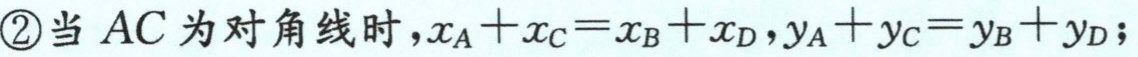
\textcircled{2}当 \(AC\) 为对角线时，\(x_A + x_C = x_B + x_D\)，\(y_A + y_C = y_B + y_D\)；